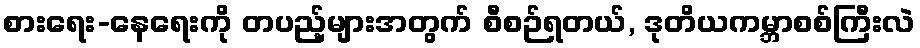
စားရေး-နေရေးကို တပည့်များအတွက် စီစဉ်ရတယ်, ဒုတိယကမ္ဘာစစ်ကြီးလဲ